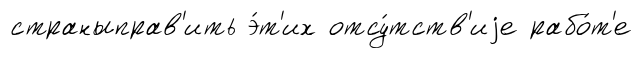
страныправ'ить э́т'их отсу́тств'иjе рабо́т'е